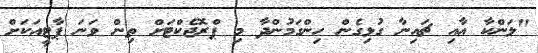
"ލަންކާ އާއި ޗައިނާ ގުޅިގެން ހިންގަމުންދާ މި ޕްރޮޖެކްޓަށް ތިން ވަނަ ޕާޓީއަކަށް